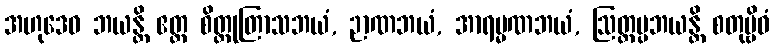
အဟုဒေဝ ဘယန္တိ ဧတ္ထ စိတ္တုတြာသဘယံ, ဉာဏဘယံ, အာရမ္မဏဘယံ, ဩတ္တပ္ပဘယန္တိ စတုဗ္ဗိဓံ